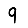
Digit: 9